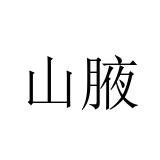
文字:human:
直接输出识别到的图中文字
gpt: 山腋